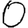
Digit: 0